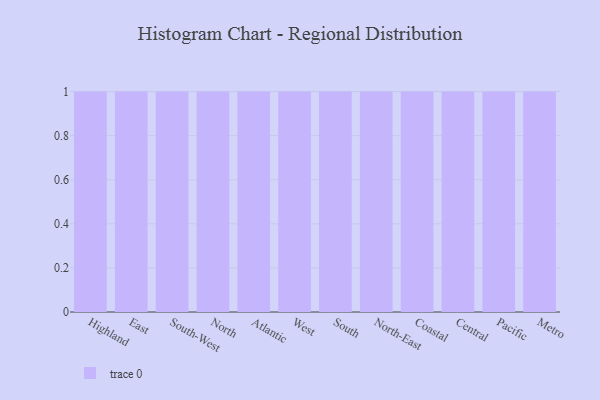
{"axis": {"x": "Region", "y": "Customer Acquisition Cost (USD)"}, "legend": [""], "data": [{"x": "Highland", "y": 37, "type": ""}, {"x": "East", "y": 28, "type": ""}, {"x": "South-West", "y": 29, "type": ""}, {"x": "North", "y": 40, "type": ""}, {"x": "Atlantic", "y": 79, "type": ""}, {"x": "West", "y": 54, "type": ""}, {"x": "South", "y": 36, "type": ""}, {"x": "North-East", "y": 93, "type": ""}, {"x": "Coastal", "y": 32, "type": ""}, {"x": "Central", "y": 54, "type": ""}, {"x": "Pacific", "y": 88, "type": ""}, {"x": "Metro", "y": 4, "type": ""}]}